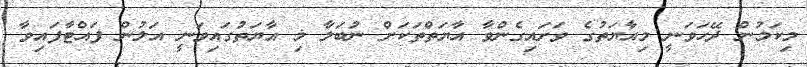
މިކަމުން ދޭހަވަނީ މިއާޔަތުގެ ވަށައިގެންވާ އާޔަތްތަކަށް ނުބަލާ މި އާޔަތުގައިވަނީ އަލުން ފައްޓާފައިވާ